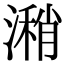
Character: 潲